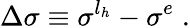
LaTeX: \Delta\sigma\equiv\sigma^{l_{h}}-\sigma^{e}\; .